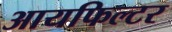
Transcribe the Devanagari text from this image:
आयफिल्टर